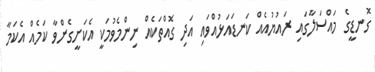
ގޮނޑީގެ މައްސަލާގައި ރައުޔުއެއް ކަނޑައަޅުއްވައި އަދި ގޮއްތަކެއް ނިންމެވުމަކީ އެކަށީގެންވާ ކަމެއް އެކަމާ